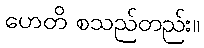
ဟေတိ စသည်တည်း။